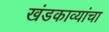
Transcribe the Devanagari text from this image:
खंडकाव्यांचा